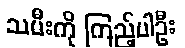
သမီးကို ကြည့်ပါဦး